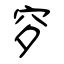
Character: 穸